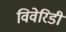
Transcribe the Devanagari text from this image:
विवेरिडी